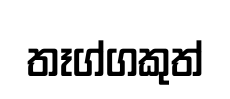
තෑග්ගකුත්